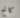
كانج